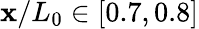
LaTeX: \mathbf{x}/L_{0}\in[0.7,0.8]